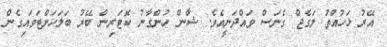
އޭރު ޅަހުއްތު ލަގެޖް ގެނަސް ވައްދަނީއެވެ. ޝާން ހުންގާނު ކޮޓަރިން ބޭރު ބަލަހަށްޓަވައިގެން